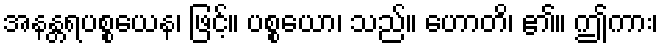
အနန္တရပစ္စယေန၊ ဖြင့်။ ပစ္စယော၊ သည်။ ဟောတိ၊ ၏။ ဤကား၊